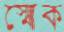
স্মোক